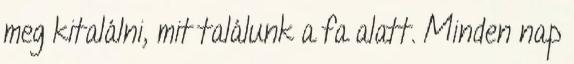
meg kitalálni, mit találunk a fa alatt. Minden nap